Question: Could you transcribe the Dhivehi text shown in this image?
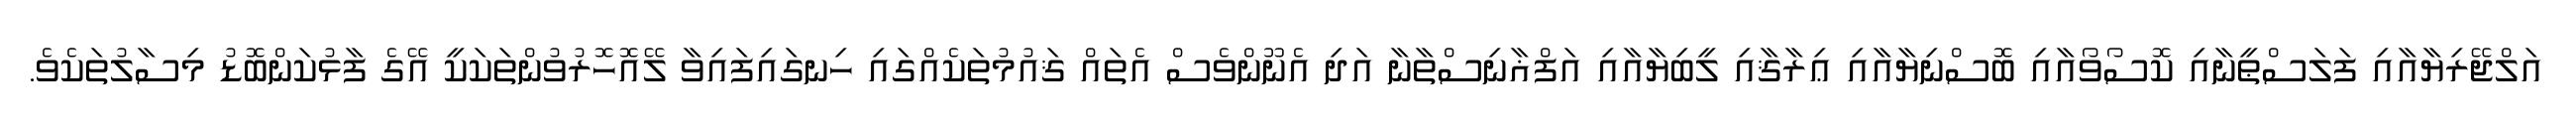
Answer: އަލްޖޭރިޔާއާއި ފަލަސްޠީނާއި ކޮސޯވޯއާއި ބޮސްނިޔާއާއި ޢިރާޤާއި ލީބިޔާއާއި އަފްޣާނިސްތާނާ އަދި އެނޫންވެސް އެތައް ޤައުމުތަކެއްގައި ހިނގައިފައިވާ ލޭއޮހޮރުވުންތަކަކީ އޭގެ ފާޅުކަންބޮޑު މިސާލުތަކެވެ.